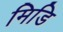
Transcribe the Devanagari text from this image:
मिडि